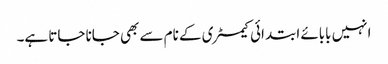
انہیں بابائے ابتدائی کیمسٹری کے نام سے بھی جانا جاتا ہے۔